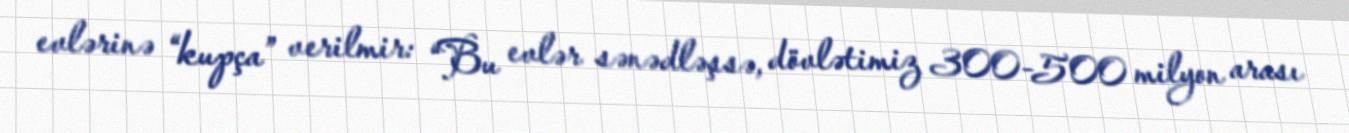
evlərinə “kupça” verilmir: “Bu evlər sənədləşsə, dövlətimiz 300-500 milyon arası